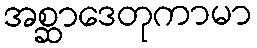
အစ္ဆာဒေတုကာမာ